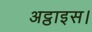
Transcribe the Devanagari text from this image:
अट्ठाइस।